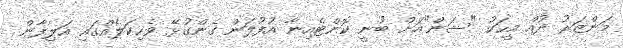
މަންޒަރު ދުއް މީހަކު "ސަން"އަށް ބުނީ ކޮންޓެއިނާ އުފުލަން ގެންގުޅޭ ވެހިކަލެއްގައި އަލިފާން